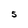
Character: 5